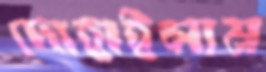
দোহাইলাম